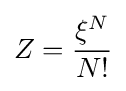
Z={\frac {\xi ^{N}}{N!}}